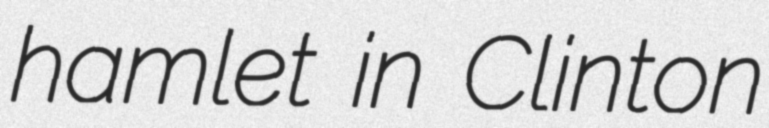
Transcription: hamlet in Clinton